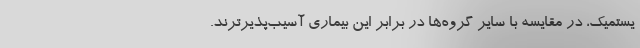
یستمیک، در مقایسه با سایر گروه‌ها در برابر این بیماری آسیب‌پذیرترند.